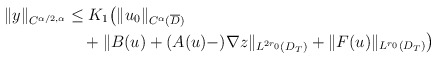
\begin{align*}\|y\|_{C^{\alpha/2,\alpha}}&\leq K_1\big(\|u_0\|_{C^{\alpha}(\overline{D})}\\&\quad+\|B(u)+(A(u)-)\nabla z\|_{L^{2r_0}(D_T)}+\|F(u)\|_{L^{r_0}(D_T)}\big)\end{align*}